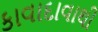
કાવાદાવાથી